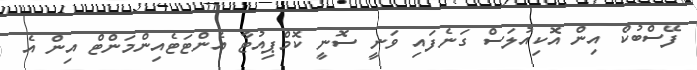
ފޭސްބުކް އިން އޮކިއުލަސް ގަނެފައި ވަނީ ސޮނީ ކޮމްޕިއުޓާ އެންޓަޓެއިންމަންޓް އިން އެ